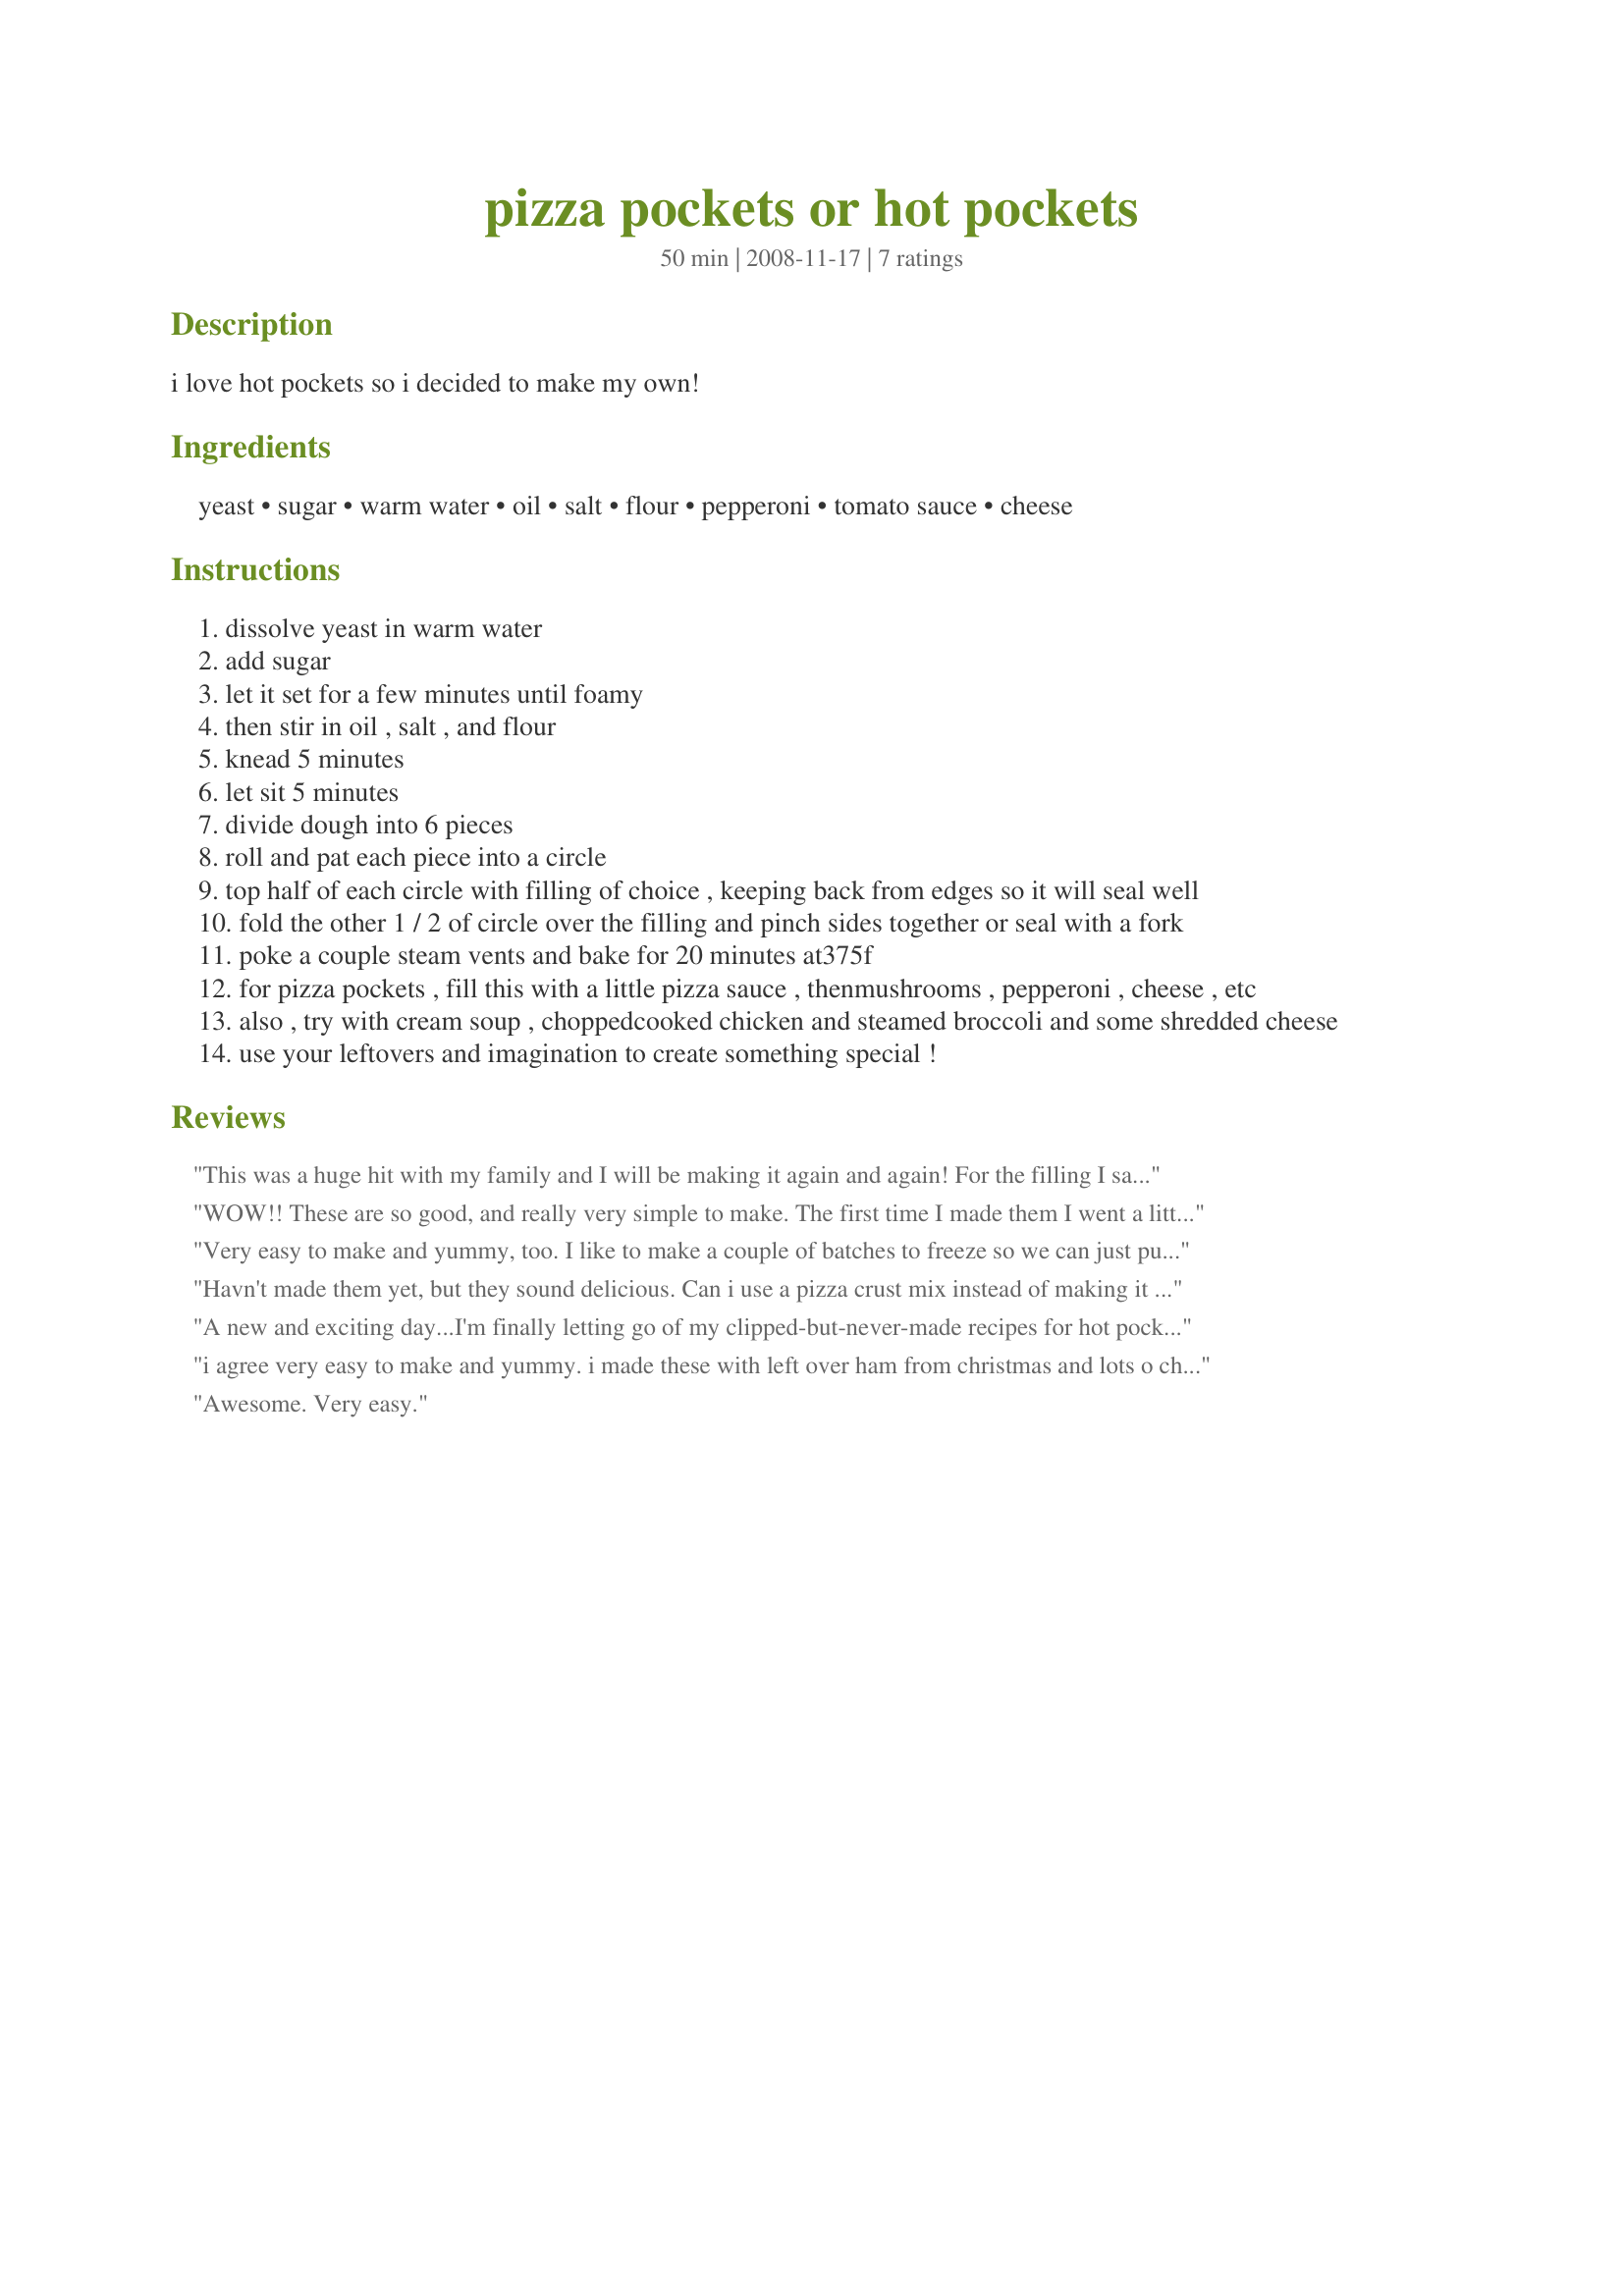
pizza pockets or hot pockets
Preparation time: 50 minutes

i love hot pockets so i decided to make my own!

Ingredients:
yeast, sugar, warm water, oil, salt, flour, pepperoni, tomato sauce, cheese

Steps:
dissolve yeast in warm water
add sugar
let it set for a few minutes until foamy
then stir in oil , salt , and flour
knead 5 minutes
let sit 5 minutes
divide dough into 6 pieces
roll and pat each piece into a circle
top half of each circle with filling of choice , keeping back from edges so it will seal well
fold the other 1 / 2 of circle over the filling and pinch sides together or seal with a fork
poke a couple steam vents and bake for 20 minutes at375f
for pizza pockets , fill this with a little pizza sauce , thenmushrooms , pepperoni , cheese , etc
also , try with cream soup , choppedcooked chicken and steamed broccoli and some shredded cheese
use your leftovers and imagination to create something special !

Reviews:
This was a huge hit with my family and I will be making it again and again! For the filling I sauteed onions and garlic in a bit of EVOO. Then I added a can of drained black beans and a can of drained corn, plus a chopped chipotle in adobo sauce and 1/2 tsp thyme. Then I added 1/3 cup of chicken broth and cooked it down until the liquid evaporated. I tossed about 1/3 of a block of cubed cream cheese into the black bean and corn mixture until it was melted. I stuffed the pockets with leftover shredded pork, the black bean mixture and topped it with a Mexican cheese blend. They were spectacular! The only thing missing was some fresh cilantro, which unfortunately I didn&#039;t have on hand. This will be a go-to meal when I have leftover pork, but I can&#039;t wait to try lots of other fillings in this delicious and easy to make dough!
WOW!! These are so good, and really very simple to make. The first time I made them I went a little to skimpy on the fillings. But the next time. WOW. Thanks for a fantastic recipe that is now a permanent part of my recipe book!!
Very easy to make and yummy, too. I like to make a couple of batches to freeze so we can just pull them out for a quick lunch. Also, the dough has become our standard pizza crust dough. For the last 11 years, we have made pizza from scratch on Friday nights, and have experimented with numerous pizza doughs over the years. This dough by far is the easiest to make, to work with, and does not compete with the toppings when used as a pizza dough.
Havn't made them yet, but they sound delicious. Can i use a pizza crust mix instead of making it by hand?
A new and exciting day...I'm finally letting go of my clipped-but-never-made recipes for hot pockets. Fabulous dough that I doubled using about 5 cups of flour, letting it rise for about 1/2 hour. I used packaged frozen meatballs cut in half, homemade sauce, mozzarella and Romano cheeses for the filling, brushing liberally the top crust with my other new found recipe recipe #265351 and sprinkling with more Romano. I know, peoples lives just aren't meant to be this exciting.
i agree very easy to make and yummy. i made these with left over ham from christmas and lots o cheese :) individual wrapped them and they where all gone in less than 24 hours. everyone in the house is already asking for more... and i think this would make a great pizza crust too.. definitely gonna try that. thanks for sharing.
Awesome. Very easy.
